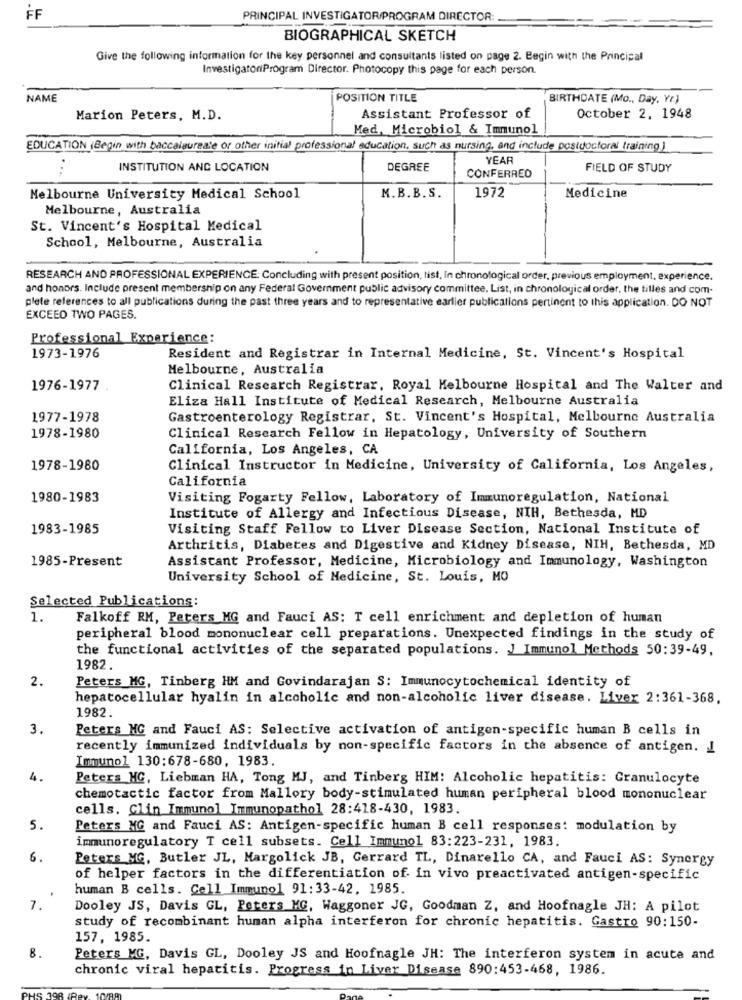
FF
PRINCIPAL INVESTIGATOR/PROGRAM DIRECTOR:
BIOGRAPHICAL SKETCH
Give the following information for the key personnel and consultants listed on page 2. Begin with the Principal
InvestigatoriProgram Director. Photocopy this page for each person.
NAME
POSITION TITLE
BIRTHDATE (Mo ., Day, Yr)
Marion Peters, M.D.
Assistant Professor of
October 2, 1948
Med, Microbiol & Immunol
EDUCATION (Begin with baccalaureate or other initial professional education, such as nursing, and include postdoctoral training )
YEAR
. .
INSTITUTION AND LOCATION
DEGREE
FIELD OF STUDY
CONFERRED
Melbourne University Medical School
M.B.B. S.
1972
Medicine
Melbourne, Australia
St. Vincent's Hospital Medical
School, Melbourne, Australia
RESEARCH AND PROFESSIONAL EXPERIENCE: Concluding with present position, list, In chronological order, previous employment, experience.
and honors. Include present membership on any Federal Government public advisory committee. List, in chronological order, the tilles and com-
plete references to all publications during the past three years and to representative earlier publications pertinent to this application. DO NOT
EXCEED TWO PAGES.
Professional Experience:
1973-1976
Resident and Registrar in Internal Medicine, St. Vincent's Hospital
Melbourne, Australia
1976-1977
Clinical Research Registrar, Royal Melbourne Hospital and The Walter and
Eliza Hall Institute of Medical Research, Melbourne Australia
1977-1978
Gastroenterology Registrar, St. Vincent's Hospital, Melbourne Australia
1978-1980
Clinical Research Fellow in Hepatology, University of Southern
California, Los Angeles, CA
1978-1980
Clinical Instructor in Medicine, University of California, Los Angeles,
California
1980-1983
Visiting Fogarty Fellow, Laboratory of Immunoregulation, National
Institute of Allergy and Infectious Disease, NIH, Bethesda, MD
1983-1985
Visiting Staff Fellow to Liver Disease Section, National Institute of
Arthritis, Diabetes and Digestive and Kidney Disease, NIH, Bethesda, MD
1985-Present
Assistant Professor, Medicine, Microbiology and Immunology, Washington
University School of Medicine, St. Louis, MO
Selected Publications:
1.
Falkoff RM, Peters MG and Fauci AS: T cell enrichment and depletion of human
peripheral blood mononuclear cell preparations. Unexpected findings in the study of
the functional activities of the separated populations. J Immunol Methods 50:39-49,
1982.
2.
Peters MG, Tinberg HM and Govindarajan S: Immunocytochemical identity of
hepatocellular hyalin in alcoholic and non-alcoholic liver disease. Liver 2:361-368.
1982.
3.
Peters MG and Fauci AS: Selective activation of antigen-specific human B cells in
recently immunized individuals by non-specific factors in the absence of antigen. J
Immunol 130:678-680, 1983.
4.
Peters MC, Liebman HA, Tong MJ, and Tinberg HIM: Alcoholic hepatitis: Granulocyte
chemotactic factor from Mallory body-stimulated human peripheral blood mononuclear
cells. Clin Immunol Immunopathol 28:418-430, 1983.
5.
Peters MG and Fauci AS: Antigen-specific human B cell responses: modulation by
immunoregulatory T cell subsets. Cell Immunol 83:223-231, 1983.
6.
Peters MG, Butler JL, Margolick JB, Gerrard TL, Dinarello CA, and Fauci AS: Synergy
of helper factors in the differentiation of in vivo preactivated antigen-specific
human B cells. Cell Immunol 91:33-42, 1985.
7.
Dooley JS, Davis GL, Peters MG, Waggoner JC, Goodman Z, and Hoofnagle JH: A pilot
study of recombinant human alpha interferon for chronic hepatitis. Gastro 90:150-
157, 1985.
8.
Peters MG, Davis GL, Dooley JS and Hoofnagle JH: The interferon system in acute and
chronic viral hepatitis. Progress in Liver Disease 890:453-468, 1986.